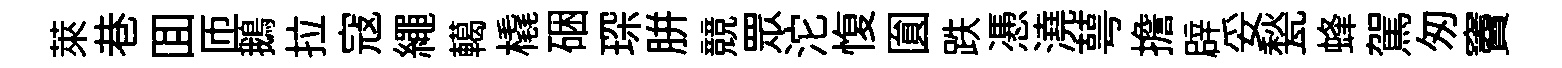
萊巷囬匝鵝拉寇繩轕橇硱琛胼競眾沱愎圎跌慿澆萼擔辟妥甃蜂駕匆竇